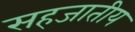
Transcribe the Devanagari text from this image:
सहजातीय